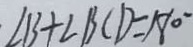
\cdot \angle B + \angle B C D = 1 8 0 ^ { \circ }